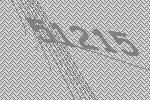
51215